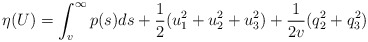
\begin{align*}\eta(U)=\int_{v}^{\infty} p(s) ds + \frac{1}{2}(u_1^2 + u_2^2+u_3^2) + \frac{1}{2v}(q_2^2+q_3^2)\end{align*}